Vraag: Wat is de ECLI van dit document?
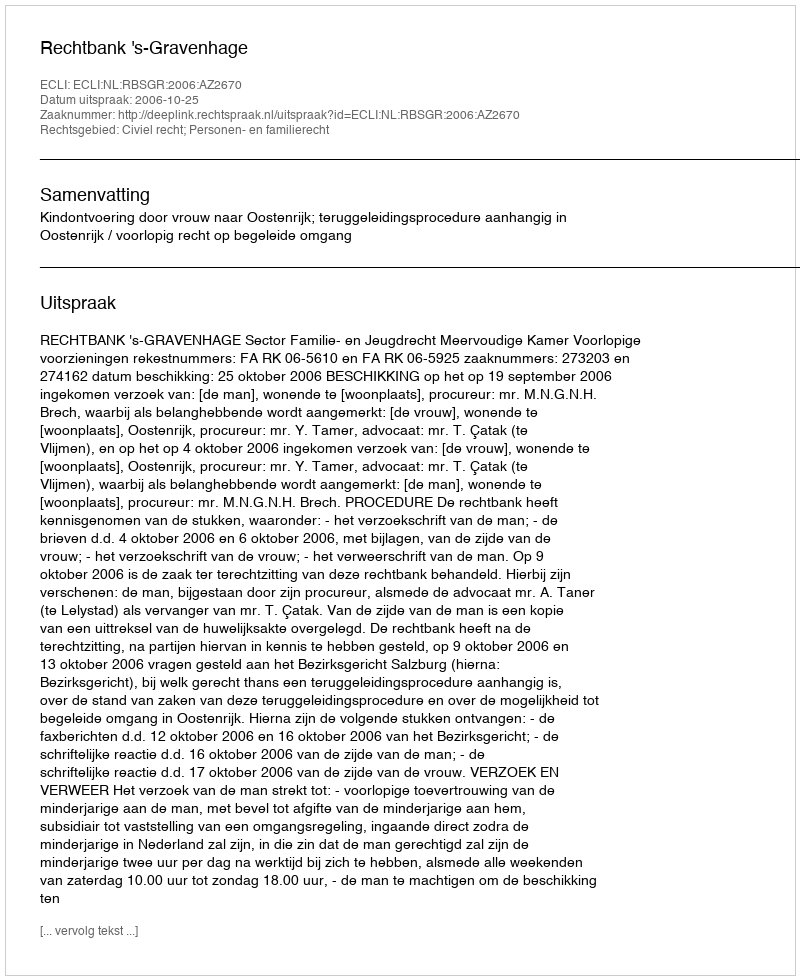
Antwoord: ECLI:NL:RBSGR:2006:AZ2670